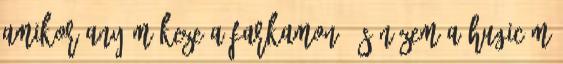
amikor anyám keze a farkamon, és nézem a hugicám